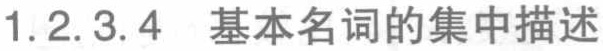
1.2.3.4 基本名词的集中描述